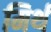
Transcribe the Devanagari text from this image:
मिर्थ